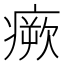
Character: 瘚